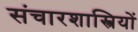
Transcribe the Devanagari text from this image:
संचारशास्त्रियों